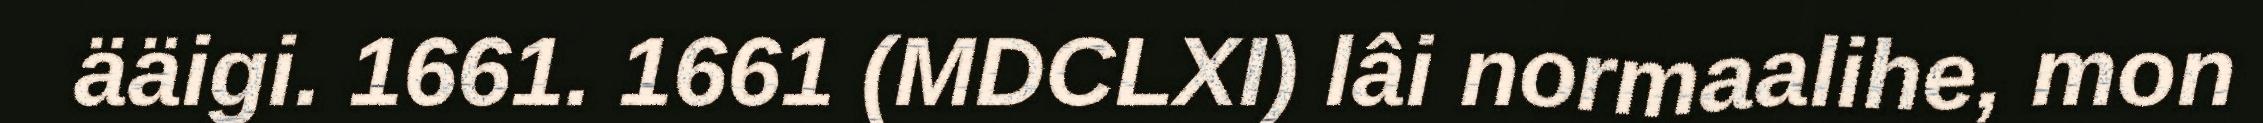
ääigi. 1661. 1661 (MDCLXI) lâi normaalihe, mon